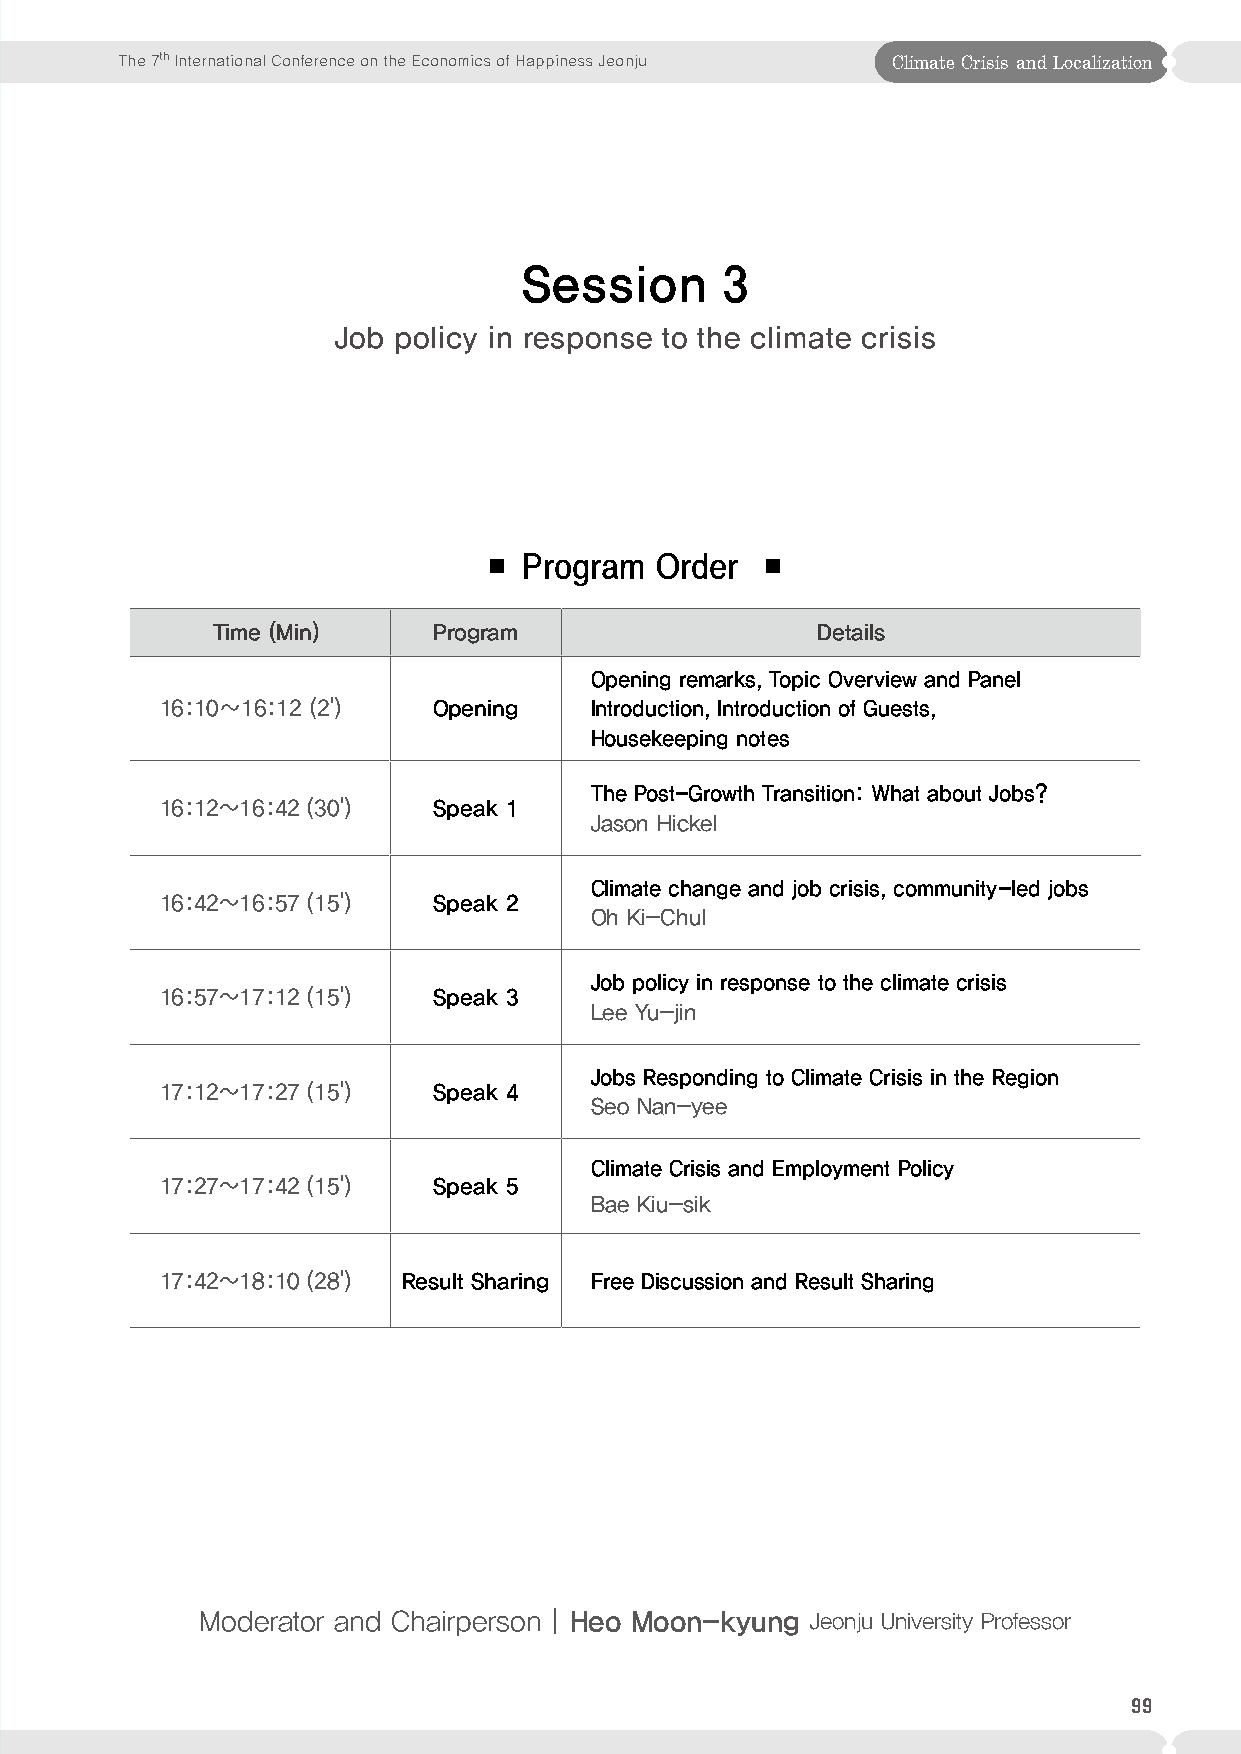
The 7th International Conference on the Economics of Happiness Jeonju Climate Crisis and Localization
 Session       3
 Job policy in response to the climate crisis
 ■  Program Order  ■
 Time (Min)     Program                  Details
 Opening remarks, Topic Overview and Panel
 16:10∼16:12 (2')  Opening   Introduction, Introduction of Guests,
 Housekeeping notes
 The Post-Growth Transition: What about Jobs?
 16:12~16:42 (30') Speak 1
 Jason Hickel
 Climate change and job crisis, community-led jobs
 16:42~16:57 (15') Speak 2
 Oh Ki-Chul
 Job policy in response to the climate crisis
 16:57~17:12 (15') Speak 3
 Lee Yu-jin
 Jobs Responding to Climate Crisis in the Region
 17:12~17:27 (15') Speak 4
 Seo Nan-yee
 Climate Crisis and Employment Policy
 17:27~17:42 (15') Speak 5
 Bae Kiu-sik
 17:42~18:10 (28') Result Sharing Free Discussion and Result Sharing
 Moderator and ChairpersonㅣHeo Moon-kyung Jeonju University Professor
 99